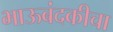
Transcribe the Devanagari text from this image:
भाऊबंदकीचा